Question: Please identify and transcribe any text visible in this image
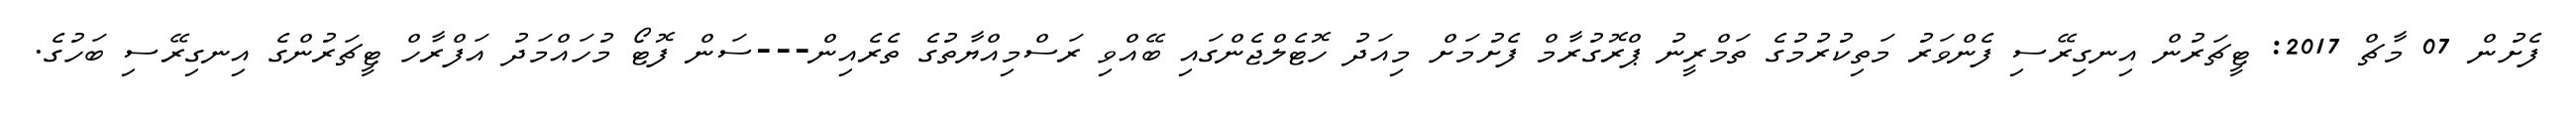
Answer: ފެށުން 07 މާޗް 2017: ޓީޗަރުން އިނގިރޭސި ފެންވަރު މަތިކުރުމުގެ ތަމްރީނު ޕްރޮގުރާމް ފެށުމަށް މިއަދު ހޮޓެލްޖެންގައި ބޭއްވި ރަސްމިއްޔާތުގެ ތެރެއިން---ސަން ފޮޓޯ މުހައްމަދު އަފްރާހް ޓީޗަރުންގެ އިނގިރޭސި ބަހުގެ.